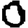
Digit: 0